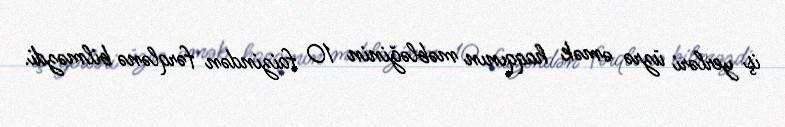
iş yerləri üzrə əmək haqqının məbləğinin 10 faizindən fərqlənə bilməzdi.